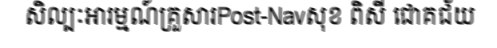
សិល្បៈអារម្មណ៍គ្រួសារPost-Navសុខ ពិសី ជោគជ័យ